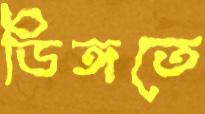
ডিঙ্গতে